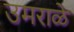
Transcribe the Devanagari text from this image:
उमराळे